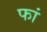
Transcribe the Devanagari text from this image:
फां